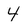
Character: 4